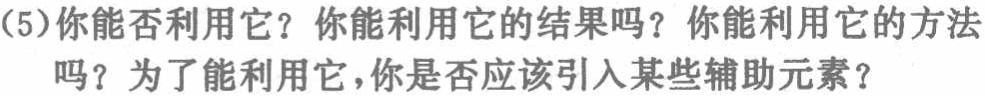
(5)你能否利用它？你能利用它的结果吗？你能利用它的方法吗？为了能利用它，你是否应该引入某些辅助元素？